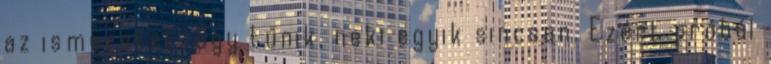
az ismeretet. Úgy tűnik, neki egyik sincsen. Ezért próbál